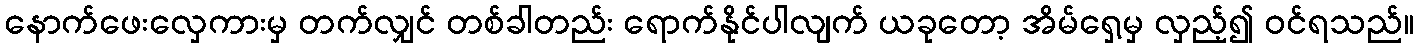
နောက်ဖေးလှေကားမှ တက်လျှင် တစ်ခါတည်း ရောက်နိုင်ပါလျက် ယခုတော့ အိမ်ရှေ့မှ လှည့်၍ ဝင်ရသည်။